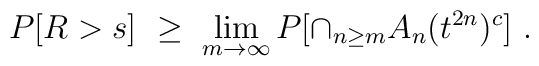
P[R>s]\ \ge\  \lim_{m\to\infty} P[\cap_{n\ge m}A_n(t^{2n})^c]\ .